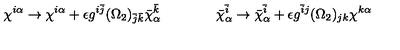
\chi ^ { i \alpha } \rightarrow \chi ^ { i \alpha } + \epsilon g ^ { i \bar { j } } ( \Omega _ { 2 } ) _ { \bar { j } \bar { k } } \bar { \chi } _ { \alpha } ^ { \bar { k } } \qquad \qquad \bar { \chi } _ { \alpha } ^ { \bar { i } } \rightarrow \bar { \chi } _ { \alpha } ^ { \bar { i } } + \epsilon g ^ { \bar { i } j } ( \Omega _ { 2 } ) _ { j k } \chi ^ { k \alpha }